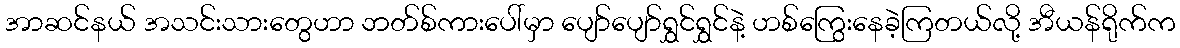
အာဆင်နယ် အသင်းသားတွေဟာ ဘတ်စ်ကားပေါ်မှာ ပျော်ပျော်ရွှင်ရွှင်နဲ့ ဟစ်ကြွေးနေခဲ့ကြတယ်လို့ အီယန်ရိုက်က